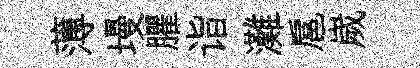
薄墁臞诣灘扈嵗